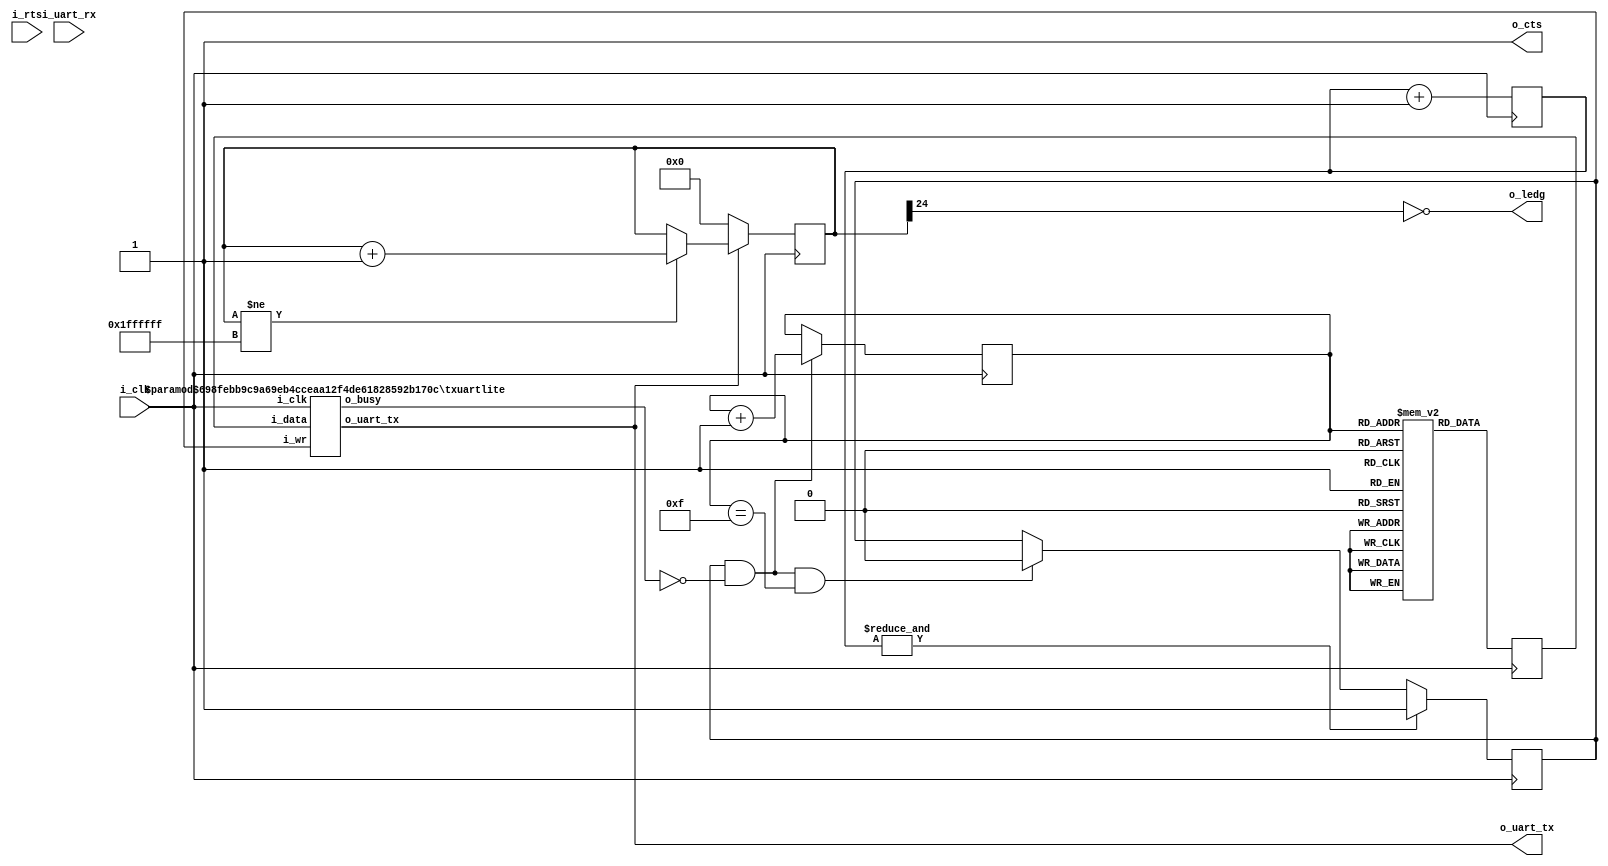
////////////////////////////////////////////////////////////////////////////////
//
//
// Project:	ICO Zip, iCE40 ZipCPU demonstration project
//
// Purpose:	To create a *very* simple UART test program, which can be used
//		as the top level design file of any FPGA program.
//
//
// Creator:	Dan Gisselquist, Ph.D.
//		Gisselquist Technology, LLC
//
////////////////////////////////////////////////////////////////////////////////
//
// Copyright (C) 2015-2020, Gisselquist Technology, LLC
//
// This program is free software (firmware): you can redistribute it and/or
// modify it under the terms of  the GNU General Public License as published
// by the Free Software Foundation, either version 3 of the License, or (at
// your option) any later version.
//
// This program is distributed in the hope that it will be useful, but WITHOUT
// ANY WARRANTY; without even the implied warranty of MERCHANTIBILITY or
// FITNESS FOR A PARTICULAR PURPOSE.  See the GNU General Public License
// for more details.
//
// You should have received a copy of the GNU General Public License along
// with this program.  (It's in the $(ROOT)/doc directory.  Run make with no
// target there if the PDF file isn't present.)  If not, see
// <http://www.gnu.org/licenses/> for a copy.
//
// License:	GPL, v3, as defined and found on www.gnu.org,
//		http://www.gnu.org/licenses/gpl.html
//
//
////////////////////////////////////////////////////////////////////////////////
//
//
//
module	helloworld(i_clk,
			o_ledg,
			i_rts, i_uart_rx, o_cts,
			o_uart_tx);
	//
	input		i_clk;
	output	wire	o_ledg;
	input		i_rts, i_uart_rx;
	output		o_cts;
	output	wire	o_uart_tx;

	assign	o_cts = 1'b1;

	// If i_setup isnt set up as an input parameter, it needs to be set.
	// We do so here, to a setting appropriate to create a 115200 Baud
	// comms system from a 100MHz clock.  This also sets us to an 8-bit
	// data word, 1-stop bit, and no parity.
	wire	[29:0]	i_setup;
	assign		i_setup = 30'd868;	// 115200 Baud, if clk @ 100MHz

	reg	pwr_reset;
	initial	pwr_reset = 1'b1;
	always @(posedge i_clk)
		pwr_reset <= 1'b0;

	reg	[24:0]	ledctr;
	initial	ledctr = 0;
	always @(posedge i_clk)
		if (!o_uart_tx)
			ledctr <= 0;
		else if (ledctr != {(25){1'b1}})
			ledctr <= ledctr + 1'b1;
	assign	o_ledg = !ledctr[24];

	reg	[7:0]	message	[0:15];
	
	initial begin
		message[ 0] = "H";
		message[ 1] = "e";
		message[ 2] = "l";
		message[ 3] = "l";
		message[ 4] = "o";
		message[ 5] = ",";
		message[ 6] = " ";
		message[ 7] = "W";
		message[ 8] = "o";
		message[ 9] = "r";
		message[10] = "l";
		message[11] = "d";
		message[12] = "!";
		message[13] = " ";
		message[14] = "\r";
		message[15] = "\n";
	end

	reg	[27:0]	counter;
	initial	counter = 28'hffffff0;
	always @(posedge i_clk)
		counter <= counter + 1'b1;

	wire		tx_break, tx_busy;
	reg		tx_stb;
	reg	[3:0]	tx_index;
	reg	[7:0]	tx_data;

	assign	tx_break = 1'b0;

	initial	tx_index = 4'h0;
	always @(posedge i_clk)
		if ((tx_stb)&&(!tx_busy))
			tx_index <= tx_index + 1'b1;
	always @(posedge i_clk)
		tx_data <= message[tx_index];

	initial	tx_stb = 1'b0;
	always @(posedge i_clk)
		if (&counter)
			tx_stb <= 1'b1;
		else if ((tx_stb)&&(!tx_busy)&&(tx_index==4'hf))
			tx_stb <= 1'b0;

	// 868 is 115200 Baud, based upon a 100MHz clock
	txuartlite #(.TIMING_BITS(10), .CLOCKS_PER_BAUD(868))
		transmitter(i_clk, tx_stb, tx_data, o_uart_tx, tx_busy);

endmodule
////////////////////////////////////////////////////////////////////////////////
//
//
// Project:	wbuart32, a full featured UART with simulator
//
// Purpose:	Transmit outputs over a single UART line.  This particular UART
//		implementation has been extremely simplified: it does not handle
//	generating break conditions, nor does it handle anything other than the
//	8N1 (8 data bits, no parity, 1 stop bit) UART sub-protocol.
//
//	To interface with this module, connect it to your system clock, and
//	pass it the byte of data you wish to transmit.  Strobe the i_wr line
//	high for one cycle, and your data will be off.  Wait until the 'o_busy'
//	line is low before strobing the i_wr line again--this implementation
//	has NO BUFFER, so strobing i_wr while the core is busy will just
//	get ignored.  The output will be placed on the o_txuart output line.
//
//	(I often set both data and strobe on the same clock, and then just leave
//	them set until the busy line is low.  Then I move on to the next piece
//	of data.)
//
// Creator:	Dan Gisselquist, Ph.D.
//		Gisselquist Technology, LLC
//
////////////////////////////////////////////////////////////////////////////////
//
// Copyright (C) 2015-2020, Gisselquist Technology, LLC
//
// This program is free software (firmware): you can redistribute it and/or
// modify it under the terms of  the GNU General Public License as published
// by the Free Software Foundation, either version 3 of the License, or (at
// your option) any later version.
//
// This program is distributed in the hope that it will be useful, but WITHOUT
// ANY WARRANTY; without even the implied warranty of MERCHANTIBILITY or
// FITNESS FOR A PARTICULAR PURPOSE.  See the GNU General Public License
// for more details.
//
// You should have received a copy of the GNU General Public License along
// with this program.  (It's in the $(ROOT)/doc directory.  Run make with no
// target there if the PDF file isn't present.)  If not, see
// <http://www.gnu.org/licenses/> for a copy.
//
// License:	GPL, v3, as defined and found on www.gnu.org,
//		http://www.gnu.org/licenses/gpl.html
//
//
////////////////////////////////////////////////////////////////////////////////
//
//
`default_nettype	none
//
`define	TXUL_BIT_ZERO	4'h0
`define	TXUL_BIT_ONE	4'h1
`define	TXUL_BIT_TWO	4'h2
`define	TXUL_BIT_THREE	4'h3
`define	TXUL_BIT_FOUR	4'h4
`define	TXUL_BIT_FIVE	4'h5
`define	TXUL_BIT_SIX	4'h6
`define	TXUL_BIT_SEVEN	4'h7
`define	TXUL_STOP	4'h8
`define	TXUL_IDLE	4'hf
//
//
module txuartlite(i_clk, i_wr, i_data, o_uart_tx, o_busy);
	parameter	[4:0]	TIMING_BITS = 5'd24;
	localparam		TB = TIMING_BITS;
	parameter	[(TB-1):0]	CLOCKS_PER_BAUD = 8; // 24'd868;
	parameter	[0:0]	F_OPT_CLK2FFLOGIC = 1'b0;
	input	wire		i_clk;
	input	wire		i_wr;
	input	wire	[7:0]	i_data;
	// And the UART input line itself
	output	reg		o_uart_tx;
	// A line to tell others when we are ready to accept data.  If
	// (i_wr)&&(!o_busy) is ever true, then the core has accepted a byte
	// for transmission.
	output	wire		o_busy;

	reg	[(TB-1):0]	baud_counter;
	reg	[3:0]	state;
	reg	[7:0]	lcl_data;
	reg		r_busy, zero_baud_counter;

	initial	r_busy = 1'b1;
	initial	state  = `TXUL_IDLE;
	always @(posedge i_clk)
	begin
		if (!zero_baud_counter)
			// r_busy needs to be set coming into here
			r_busy <= 1'b1;
		else if (state > `TXUL_STOP)	// STATE_IDLE
		begin
			state <= `TXUL_IDLE;
			r_busy <= 1'b0;
			if ((i_wr)&&(!r_busy))
			begin	// Immediately start us off with a start bit
				r_busy <= 1'b1;
				state <= `TXUL_BIT_ZERO;
			end
		end else begin
			// One clock tick in each of these states ...
			r_busy <= 1'b1;
			if (state <=`TXUL_STOP) // start bit, 8-d bits, stop-b
				state <= state + 1'b1;
			else
				state <= `TXUL_IDLE;
		end
	end

	// o_busy
	//
	// This is a wire, designed to be true is we are ever busy above.
	// originally, this was going to be true if we were ever not in the
	// idle state.  The logic has since become more complex, hence we have
	// a register dedicated to this and just copy out that registers value.
	assign	o_busy = (r_busy);


	// lcl_data
	//
	// This is our working copy of the i_data register which we use
	// when transmitting.  It is only of interest during transmit, and is
	// allowed to be whatever at any other time.  Hence, if r_busy isn't
	// true, we can always set it.  On the one clock where r_busy isn't
	// true and i_wr is, we set it and r_busy is true thereafter.
	// Then, on any zero_baud_counter (i.e. change between baud intervals)
	// we simple logically shift the register right to grab the next bit.
	initial	lcl_data = 8'hff;
	always @(posedge i_clk)
		if ((i_wr)&&(!r_busy))
			lcl_data <= i_data;
		else if (zero_baud_counter)
			lcl_data <= { 1'b1, lcl_data[7:1] };

	// o_uart_tx
	//
	// This is the final result/output desired of this core.  It's all
	// centered about o_uart_tx.  This is what finally needs to follow
	// the UART protocol.
	//
	initial	o_uart_tx = 1'b1;
	always @(posedge i_clk)
		if ((i_wr)&&(!r_busy))
			o_uart_tx <= 1'b0;	// Set the start bit on writes
		else if (zero_baud_counter)	// Set the data bit.
			o_uart_tx <= lcl_data[0];


	// All of the above logic is driven by the baud counter.  Bits must last
	// CLOCKS_PER_BAUD in length, and this baud counter is what we use to
	// make certain of that.
	//
	// The basic logic is this: at the beginning of a bit interval, start
	// the baud counter and set it to count CLOCKS_PER_BAUD.  When it gets
	// to zero, restart it.
	//
	// However, comparing a 28'bit number to zero can be rather complex--
	// especially if we wish to do anything else on that same clock.  For
	// that reason, we create "zero_baud_counter".  zero_baud_counter is
	// nothing more than a flag that is true anytime baud_counter is zero.
	// It's true when the logic (above) needs to step to the next bit.
	// Simple enough?
	//
	// I wish we could stop there, but there are some other (ugly)
	// conditions to deal with that offer exceptions to this basic logic.
	//
	// 1. When the user has commanded a BREAK across the line, we need to
	// wait several baud intervals following the break before we start
	// transmitting, to give any receiver a chance to recognize that we are
	// out of the break condition, and to know that the next bit will be
	// a stop bit.
	//
	// 2. A reset is similar to a break condition--on both we wait several
	// baud intervals before allowing a start bit.
	//
	// 3. In the idle state, we stop our counter--so that upon a request
	// to transmit when idle we can start transmitting immediately, rather
	// than waiting for the end of the next (fictitious and arbitrary) baud
	// interval.
	//
	// When (i_wr)&&(!r_busy)&&(state == `TXUL_IDLE) then we're not only in
	// the idle state, but we also just accepted a command to start writing
	// the next word.  At this point, the baud counter needs to be reset
	// to the number of CLOCKS_PER_BAUD, and zero_baud_counter set to zero.
	//
	// The logic is a bit twisted here, in that it will only check for the
	// above condition when zero_baud_counter is false--so as to make
	// certain the STOP bit is complete.
	initial	zero_baud_counter = 1'b1;
	initial	baud_counter = 0;
	always @(posedge i_clk)
	begin
		zero_baud_counter <= (baud_counter == 24'h01);
		if (state == `TXUL_IDLE)
		begin
			baud_counter <= 24'h0;
			zero_baud_counter <= 1'b1;
			if ((i_wr)&&(!r_busy))
			begin
				baud_counter <= CLOCKS_PER_BAUD - 24'h01;
				zero_baud_counter <= 1'b0;
			end
		end else if ((zero_baud_counter)&&(state == 4'h9))
		begin
			baud_counter <= 0;
			zero_baud_counter <= 1'b1;
		end else if (!zero_baud_counter)
			baud_counter <= baud_counter - 24'h01;
		else
			baud_counter <= CLOCKS_PER_BAUD - 24'h01;
	end

//
//
// FORMAL METHODS
//
//
//
`ifdef	FORMAL

`ifdef	TXUARTLITE
`define	ASSUME	assume
`else
`define	ASSUME	assert
`endif

	// Setup

	reg	f_past_valid, f_last_clk;

	generate if (F_OPT_CLK2FFLOGIC)
	begin

		always @($global_clock)
		begin
			restrict(i_clk == !f_last_clk);
			f_last_clk <= i_clk;
			if (!$rose(i_clk))
			begin
				`ASSUME($stable(i_wr));
				`ASSUME($stable(i_data));
			end
		end

	end endgenerate

	initial	f_past_valid = 1'b0;
	always @(posedge i_clk)
		f_past_valid <= 1'b1;

	initial	`ASSUME(!i_wr);
	always @(posedge i_clk)
		if ((f_past_valid)&&($past(i_wr))&&($past(o_busy)))
		begin
			`ASSUME(i_wr   == $past(i_wr));
			`ASSUME(i_data == $past(i_data));
		end

	// Check the baud counter
	always @(posedge i_clk)
		assert(zero_baud_counter == (baud_counter == 0));

	always @(posedge i_clk)
		if ((f_past_valid)&&($past(baud_counter != 0))&&($past(state != `TXUL_IDLE)))
			assert(baud_counter == $past(baud_counter - 1'b1));

	always @(posedge i_clk)
		if ((f_past_valid)&&(!$past(zero_baud_counter))&&($past(state != `TXUL_IDLE)))
			assert($stable(o_uart_tx));

	reg	[(TB-1):0]	f_baud_count;
	initial	f_baud_count = 1'b0;
	always @(posedge i_clk)
		if (zero_baud_counter)
			f_baud_count <= 0;
		else
			f_baud_count <= f_baud_count + 1'b1;

	always @(posedge i_clk)
		assert(f_baud_count < CLOCKS_PER_BAUD);

	always @(posedge i_clk)
		if (baud_counter != 0)
			assert(o_busy);

	reg	[9:0]	f_txbits;
	initial	f_txbits = 0;
	always @(posedge i_clk)
		if (zero_baud_counter)
			f_txbits <= { o_uart_tx, f_txbits[9:1] };

	always @(posedge i_clk)
	if ((f_past_valid)&&(!$past(zero_baud_counter))
			&&(!$past(state==`TXUL_IDLE)))
		assert(state == $past(state));

	reg	[3:0]	f_bitcount;
	initial	f_bitcount = 0;
	always @(posedge i_clk)
		if ((!f_past_valid)||(!$past(f_past_valid)))
			f_bitcount <= 0;
		else if ((state == `TXUL_IDLE)&&(zero_baud_counter))
			f_bitcount <= 0;
		else if (zero_baud_counter)
			f_bitcount <= f_bitcount + 1'b1;

	always @(posedge i_clk)
		assert(f_bitcount <= 4'ha);

	reg	[7:0]	f_request_tx_data;
	always @(posedge i_clk)
		if ((i_wr)&&(!o_busy))
			f_request_tx_data <= i_data;

	wire	[3:0]	subcount;
	assign	subcount = 10-f_bitcount;
	always @(posedge i_clk)
		if (f_bitcount > 0)
			assert(!f_txbits[subcount]);

	always @(posedge i_clk)
		if (f_bitcount == 4'ha)
		begin
			assert(f_txbits[8:1] == f_request_tx_data);
			assert( f_txbits[9]);
		end

	always @(posedge i_clk)
		assert((state <= `TXUL_STOP + 1'b1)||(state == `TXUL_IDLE));

	always @(posedge i_clk)
	if ((f_past_valid)&&($past(f_past_valid))&&($past(o_busy)))
		cover(!o_busy);

`endif	// FORMAL
`ifdef	VERIFIC_SVA
	reg	[7:0]	fsv_data;

	//
	// Grab a copy of the data any time we are sent a new byte to transmit
	// We'll use this in a moment to compare the item transmitted against
	// what is supposed to be transmitted
	//
	always @(posedge i_clk)
		if ((i_wr)&&(!o_busy))
			fsv_data <= i_data;

	//
	// One baud interval
	//
	// 1. The UART output is constant at DAT
	// 2. The internal state remains constant at ST
	// 3. CKS = the number of clocks per bit.
	//
	// Everything stays constant during the CKS clocks with the exception
	// of (zero_baud_counter), which is *only* raised on the last clock
	// interval
	sequence	BAUD_INTERVAL(CKS, DAT, SR, ST);
		((o_uart_tx == DAT)&&(state == ST)
			&&(lcl_data == SR)
			&&(!zero_baud_counter))[*(CKS-1)]
		##1 (o_uart_tx == DAT)&&(state == ST)
			&&(lcl_data == SR)
			&&(zero_baud_counter);
	endsequence

	//
	// One byte transmitted
	//
	// DATA = the byte that is sent
	// CKS  = the number of clocks per bit
	//
	sequence	SEND(CKS, DATA);
		BAUD_INTERVAL(CKS, 1'b0, DATA, 4'h0)
		##1 BAUD_INTERVAL(CKS, DATA[0], {{(1){1'b1}},DATA[7:1]}, 4'h1)
		##1 BAUD_INTERVAL(CKS, DATA[1], {{(2){1'b1}},DATA[7:2]}, 4'h2)
		##1 BAUD_INTERVAL(CKS, DATA[2], {{(3){1'b1}},DATA[7:3]}, 4'h3)
		##1 BAUD_INTERVAL(CKS, DATA[3], {{(4){1'b1}},DATA[7:4]}, 4'h4)
		##1 BAUD_INTERVAL(CKS, DATA[4], {{(5){1'b1}},DATA[7:5]}, 4'h5)
		##1 BAUD_INTERVAL(CKS, DATA[5], {{(6){1'b1}},DATA[7:6]}, 4'h6)
		##1 BAUD_INTERVAL(CKS, DATA[6], {{(7){1'b1}},DATA[7:7]}, 4'h7)
		##1 BAUD_INTERVAL(CKS, DATA[7], 8'hff, 4'h8)
		##1 BAUD_INTERVAL(CKS, 1'b1, 8'hff, 4'h9);
	endsequence

	//
	// Transmit one byte
	//
	// Once the byte is transmitted, make certain we return to
	// idle
	//
	assert property (
		@(posedge i_clk)
		(i_wr)&&(!o_busy)
		|=> ((o_busy) throughout SEND(CLOCKS_PER_BAUD,fsv_data))
		##1 (!o_busy)&&(o_uart_tx)&&(zero_baud_counter));

	assume property (
		@(posedge i_clk)
		(i_wr)&&(o_busy) |=>
			(i_wr)&&(o_busy)&&($stable(i_data)));

	//
	// Make certain that o_busy is true any time zero_baud_counter is
	// non-zero
	//
	always @(*)
		assert((o_busy)||(zero_baud_counter) );

	// If and only if zero_baud_counter is true, baud_counter must be zero
	// Insist on that relationship here.
	always @(*)
		assert(zero_baud_counter == (baud_counter == 0));

	// To make certain baud_counter stays below CLOCKS_PER_BAUD
	always @(*)
		assert(baud_counter < CLOCKS_PER_BAUD);

	//
	// Insist that we are only ever in a valid state
	always @(*)
		assert((state <= `TXUL_STOP+1'b1)||(state == `TXUL_IDLE));

`endif // Verific SVA
endmodule